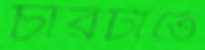
চারটাতে